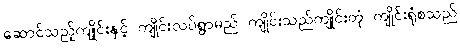
ဆောင်သည့်ကျိုင်းနှင့် ကျိုင်းလပ်ရွာမည် ကျိုင်းသည်ကျိုင်းတုံ ကျိုင်းရုံစသည်